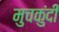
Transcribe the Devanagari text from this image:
मुचकुंदी